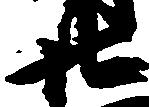
廿